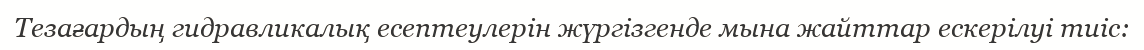
Тезағардың гидравликалық есептеулерін жүргізгенде мына жайттар ескерілуі тиіс: